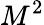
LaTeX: M^{2}